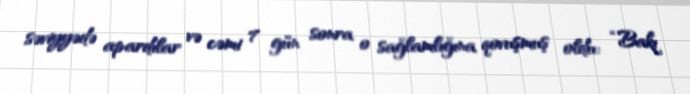
səviyyədə apardılar və cəmi 7 gün sonra o sağlamlığına qovuşmuş oldu: “Bakı